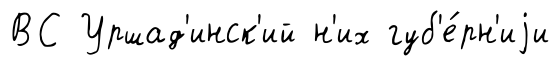
ВС Уршад'инск'ий н'их губ'е́рн'иjи